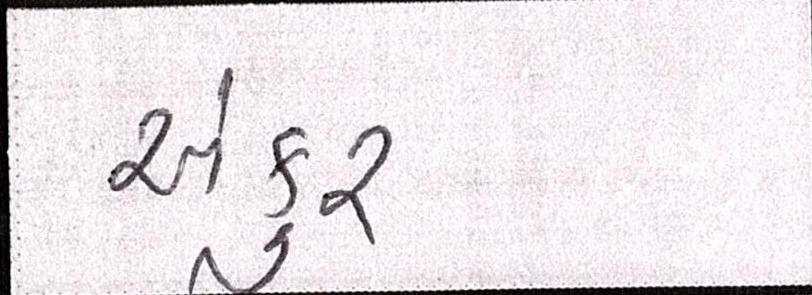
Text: અંકુર